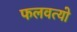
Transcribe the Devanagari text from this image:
फलवत्यो